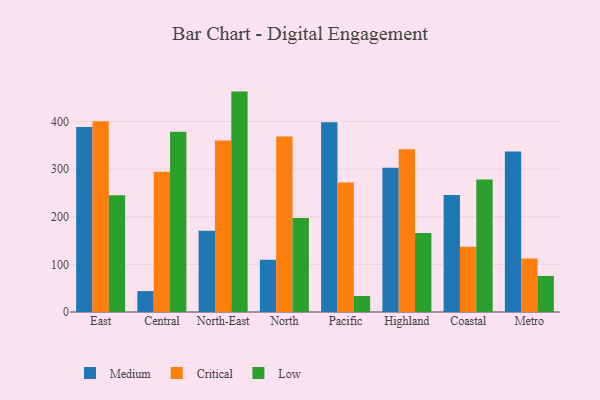
{"axis": {"x": "Region", "y": "Churn Rate (%)"}, "legend": ["Critical", "Low", "Medium"], "data": [{"x": "East", "y": 388.2, "type": "Medium"}, {"x": "East", "y": 400.6, "type": "Critical"}, {"x": "East", "y": 244.8, "type": "Low"}, {"x": "Central", "y": 43.8, "type": "Medium"}, {"x": "Central", "y": 294.6, "type": "Critical"}, {"x": "Central", "y": 378.1, "type": "Low"}, {"x": "North-East", "y": 170.5, "type": "Medium"}, {"x": "North-East", "y": 359.8, "type": "Critical"}, {"x": "North-East", "y": 462.6, "type": "Low"}, {"x": "North", "y": 109.5, "type": "Medium"}, {"x": "North", "y": 368.6, "type": "Critical"}, {"x": "North", "y": 197.5, "type": "Low"}, {"x": "Pacific", "y": 398.1, "type": "Medium"}, {"x": "Pacific", "y": 271.7, "type": "Critical"}, {"x": "Pacific", "y": 33.6, "type": "Low"}, {"x": "Highland", "y": 302.6, "type": "Medium"}, {"x": "Highland", "y": 341.8, "type": "Critical"}, {"x": "Highland", "y": 165.6, "type": "Low"}, {"x": "Coastal", "y": 245.4, "type": "Medium"}, {"x": "Coastal", "y": 136.7, "type": "Critical"}, {"x": "Coastal", "y": 278.2, "type": "Low"}, {"x": "Metro", "y": 336.9, "type": "Medium"}, {"x": "Metro", "y": 112.4, "type": "Critical"}, {"x": "Metro", "y": 75.7, "type": "Low"}]}